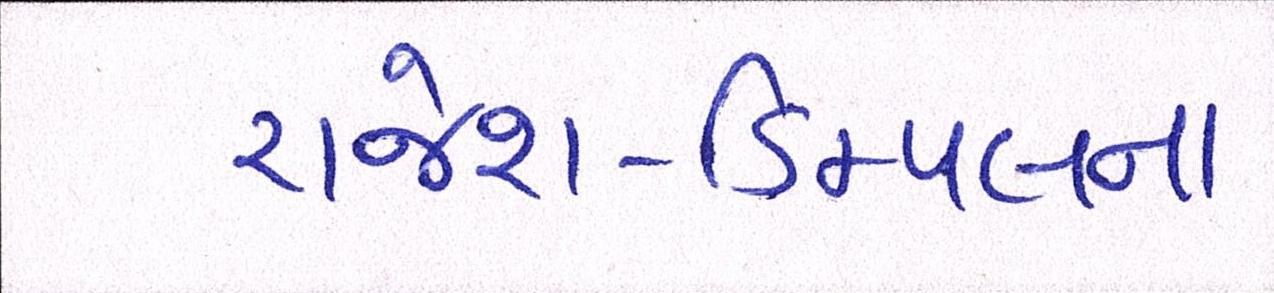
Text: રાજેશ-ડિમ્પલના